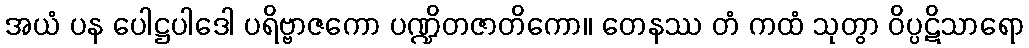
အယံ ပန ပေါဋ္ဌပါဒေါ ပရိဗ္ဗာဇကော ပဏ္ဍိတဇာတိကော။ တေနဿ တံ ကထံ သုတွာ ဝိပ္ပဋိသာရော